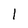
Character: 1